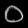
Digit: ၀